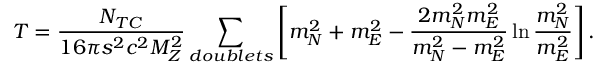
T = { \frac { N _ { T C } } { 1 6 \pi s ^ { 2 } c ^ { 2 } M _ { Z } ^ { 2 } } } \sum _ { d o u b l e t s } \left[ m _ { N } ^ { 2 } + m _ { E } ^ { 2 } - { \frac { 2 m _ { N } ^ { 2 } m _ { E } ^ { 2 } } { m _ { N } ^ { 2 } - m _ { E } ^ { 2 } } } \ln { \frac { m _ { N } ^ { 2 } } { m _ { E } ^ { 2 } } } \right] .